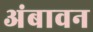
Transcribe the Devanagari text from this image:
अंबावन